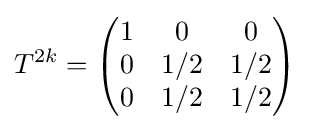
T^{2k}={\begin{pmatrix}1&0&0\\0&1/2&1/2\\0&1/2&1/2\\\end{pmatrix}}